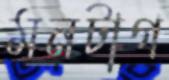
মনটাগ